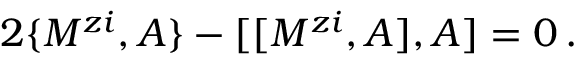
2 \{ M ^ { z i } , A \} - [ [ M ^ { z i } , A ] , A ] = 0 \, .